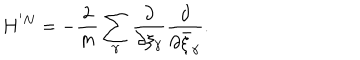
LaTeX: H ^ { ' N } = - \frac { 2 } { m } \sum _ { \gamma } \frac { \partial } { \partial \xi _ { \gamma } } \frac { \partial } { \partial \bar { \xi } _ { \gamma } } .